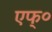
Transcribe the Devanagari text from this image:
एफ्‌०